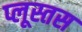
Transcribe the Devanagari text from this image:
प्लूस्तस